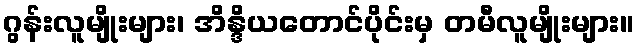
ဂွန်းလူမျိုးများ၊ အိန္ဒိယတောင်ပိုင်းမှ တမီလူမျိုးများ။